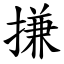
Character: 搛